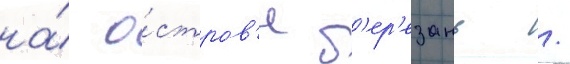
на́ о́стров'е б'ер'езань /